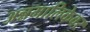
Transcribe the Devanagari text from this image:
अन्नमालिकेवर